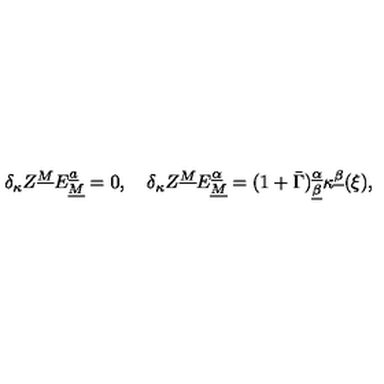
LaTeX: \delta _ { \kappa } Z ^ { \underline { M } } E _ { \underline { M } } ^ { \underline { a } } = 0 , \quad \delta _ { \kappa } Z ^ { \underline { M } } E _ { \underline { M } } ^ { \underline { \alpha } } = ( 1 + \bar { \Gamma } ) _ { \underline { \beta } } ^ { \underline { \alpha } } \kappa ^ { \underline { \beta } } ( \xi ) ,